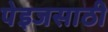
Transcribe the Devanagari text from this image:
पेइजसाठी